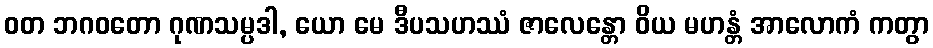
ဝတ ဘဂဝတော ဂုဏသမ္ပဒါ, ယော မေ ဒီပသဟဿံ ဇာလေန္တော ဝိယ မဟန္တံ အာလောကံ ကတွာ